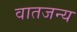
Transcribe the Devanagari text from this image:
वातजन्य